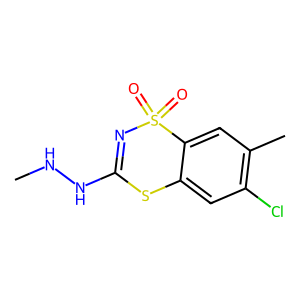
SMILES: CNNC1=NS(=O)(=O)c2cc(C)c(Cl)cc2S1
Inhibits HIV replication: No